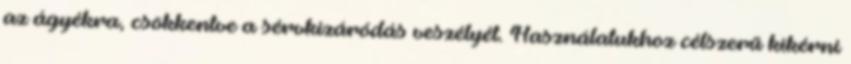
az ágyékra, csökkentve a sérvkizáródás veszélyét. Használatukhoz célszerű kikérni